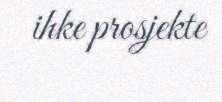
ihke prosjekte